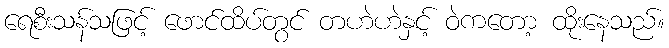
ရေစီးသန်သဖြင့် ဖောင်ထိပ်တွင် တဟဲဟဲနှင့် ဝဲကတော့ ထိုးနေသည်။